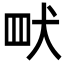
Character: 𮉿